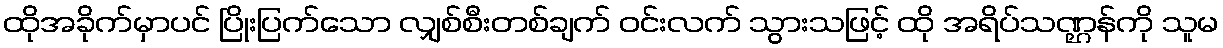
ထိုအခိုက်မှာပင် ပြိုးပြက်သော လျှစ်စီးတစ်ချက် ဝင်းလက် သွားသဖြင့် ထို အရိပ်သဏ္ဌန်ကို သူမ